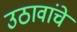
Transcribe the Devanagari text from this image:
उठावांचे